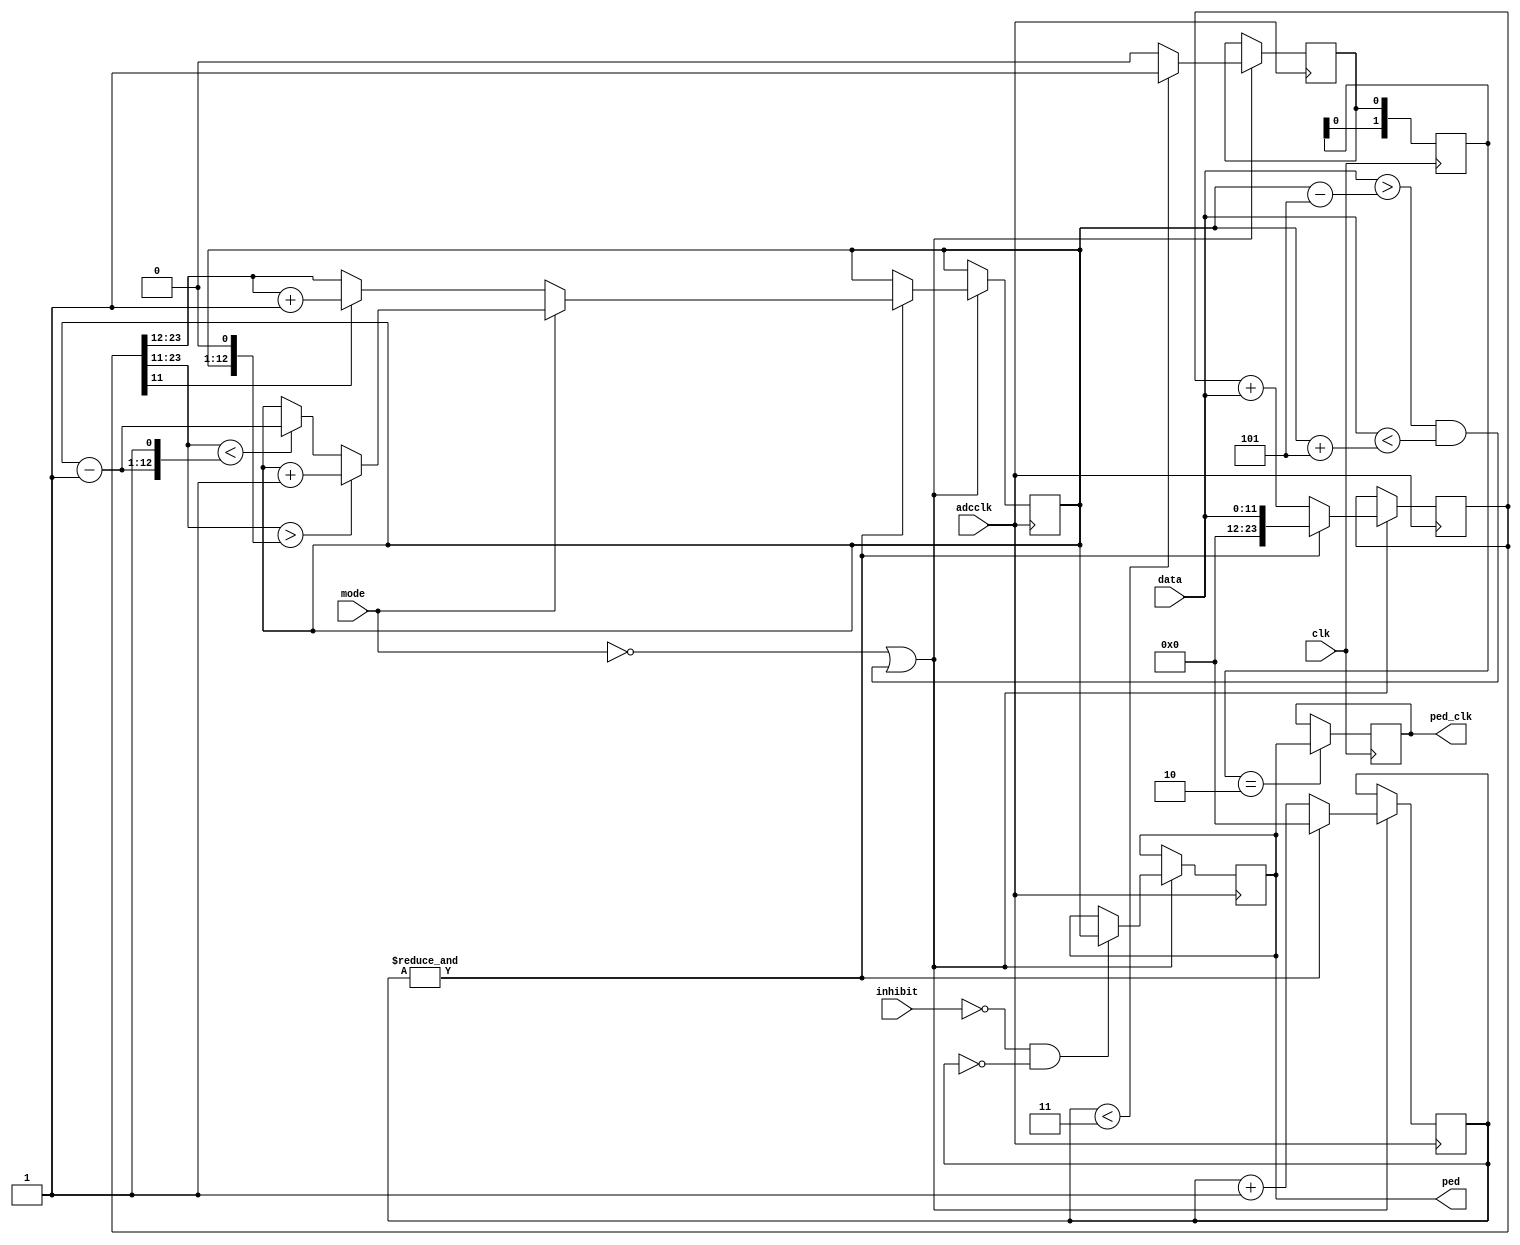
`timescale 1ns / 1ps
//////////////////////////////////////////////////////////////////////////////////
// Company: 
// Engineer: 
// 
// Design Name: 
// Module Name:    ped_calc 
// Project Name:   WFD125
// Target Devices: XC6S
// Tool versions: 
// Description:    calculates average pedestal
//
// Dependencies: 
//
// Revision: 
// Revision 0.01 - File Created
// Additional Comments: 
//
//////////////////////////////////////////////////////////////////////////////////
module ped_calc #(
	parameter ABITS = 12,	// width of ADC data
	parameter PBITS = 12	// pedestal counter bits
)(
	input 		clk,	// System clock
	input 		adcclk,	// ADC clock
	input [ABITS-1:0] data,	// ADC data
	input 		inhibit,// inhibit pedestal update
	input 		mode,	// mode: 0 - always calc and update, 1 - use small signal condition and change by 1
	output reg [ABITS-1:0] ped,	// resulting pedestal, ADC clock
	output reg [ABITS-1:0] ped_clk	// resulting pedestal, system clock
);
	localparam [ABITS-1:0]	pedrange = 5;	// inteval for small signal in pedmode=1
	reg [PBITS+ABITS-1:0] 	pedsum = 0;	// sum for average
	reg [PBITS-1:0] 	pedcnt = 0;	// ped window counter
	reg [ABITS-1:0] 	ped_s = 0;	// currently calculated averaged value, ADCCLK timed
	wire [ABITS-1:0] 	ped_s_m1 = ped_s - 1'b1;	// currently calculated averaged value minus 1, ADCCLK timed
	reg 			ped_pulse = 0;	// ped ready
	reg [1:0]		ped_pulse_d = 0;	// for CLK sync

//		pedestal calculation (round rather than truncate to avoid average buildup in summing)
	always @ (posedge adcclk) begin
		if (~mode | ((data > ped_s - pedrange) & (data < ped_s + pedrange))) begin
			if (&pedcnt) begin
				// on full pedcnt, update calculated value
				pedcnt <= 0;
				pedsum <= data;
				if (~mode) begin
					// Full update with new value (round rather than truncate)
					if (pedsum[PBITS-1]) begin
						ped_s <= pedsum[PBITS+ABITS-1:PBITS] + 1;
					end else begin
						ped_s <= pedsum[PBITS+ABITS-1:PBITS];
					end
				end else begin
					// increment if greater than (ped_s + 0.5) or decrement if less than (ped_s - 0.5)
					if (pedsum[PBITS+ABITS-1:PBITS-1] > {ped_s, 1'b0}) begin
						ped_s <= ped_s + 1;
					end else if (pedsum[PBITS+ABITS-1:PBITS-1] < {ped_s_m1, 1'b1}) begin
						ped_s <= ped_s - 1;
					end
				end
			end else begin
				pedcnt <= pedcnt + 1;
				pedsum <= pedsum + data;
			end
			if (~inhibit & (pedcnt == 0)) begin
				// on zero pedcnt update used value if allowed
				ped <= ped_s;
			end
			ped_pulse <= (pedcnt < 3) ? 1 : 0;
		end
	end
	//	do safe pedestal output @ clk
	always @ (posedge clk) begin
		ped_pulse_d <= {ped_pulse_d[0], ped_pulse};
		if (ped_pulse_d == 2'b10) begin
			ped_clk <= ped;
		end
	end

endmodule